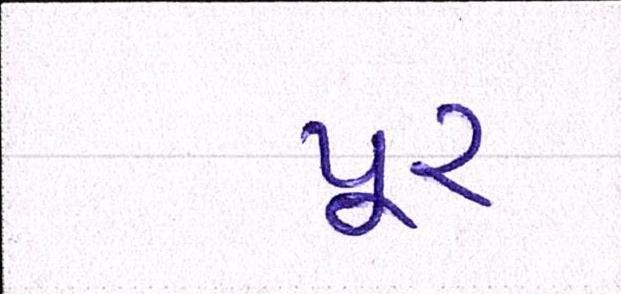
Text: પૂર